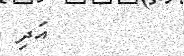
އަދި